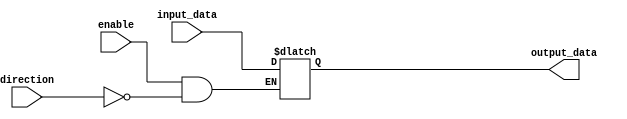
module io_buffer (
    input wire enable,
    input wire input_data,
    output reg output_data,
    input wire direction
);

always @ (enable or input_data or direction)
begin
    if(enable)
    begin
        if(direction)
            output_data <= input_data;
    end
    else
        output_data <= 1'bz;
end

endmodule